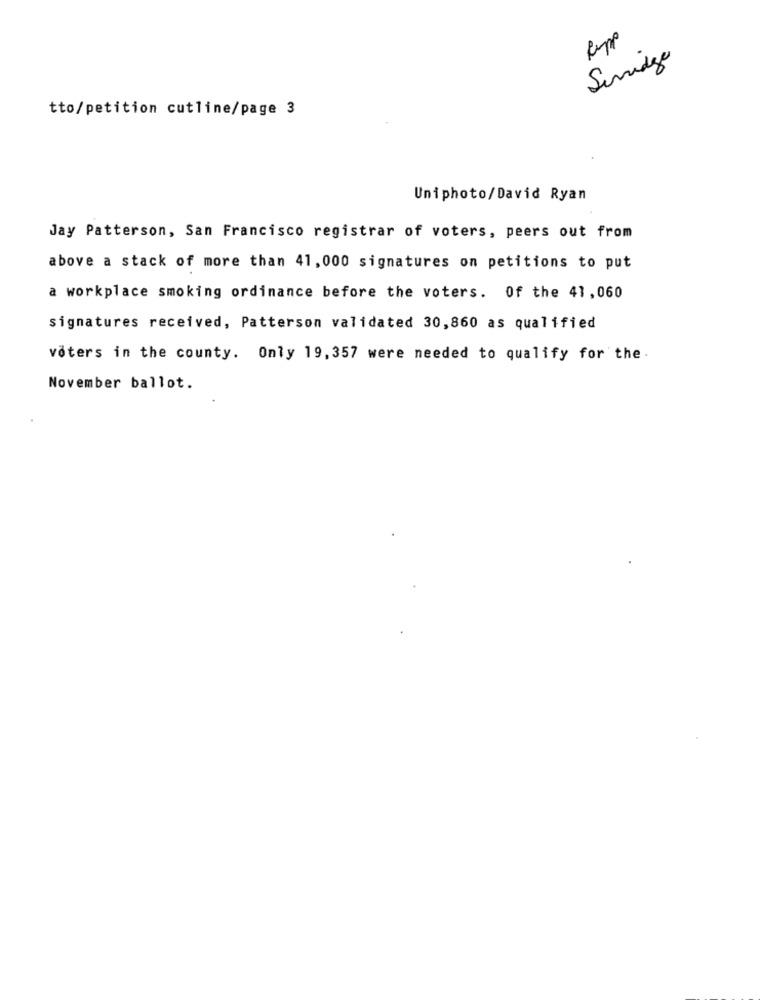
Siridge
tto/petition cutline/page 3
Uniphoto/David Ryan
Jay Patterson, San Francisco registrar of voters, peers out from
above a stack of more than 41,000 signatures on petitions to put
a workplace smoking ordinance before the voters. Of the 41,060
signatures received, Patterson validated 30,860 as qualified
voters in the county. Only 19, 357 were needed to qualify for the.
November ballot.